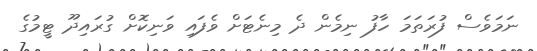
ނަމަވެސް ފުރަތަމަ ހާފު ނިމެން ދެ މިނެޓަށް ވެފައި ވަނިކޮށް ގުރައިދޫ ޓީމުގެ